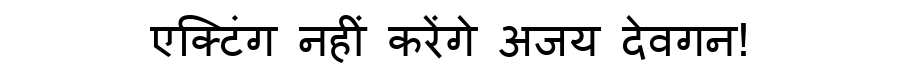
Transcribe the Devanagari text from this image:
एक्टिंग नहीं करेंगे अजय देवगन!